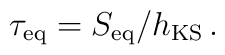
\tau_{\rm eq} = S_{\rm eq}/h_{\rm KS}\, .